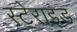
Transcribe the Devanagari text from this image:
स्टेराइड